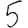
Digit: 5